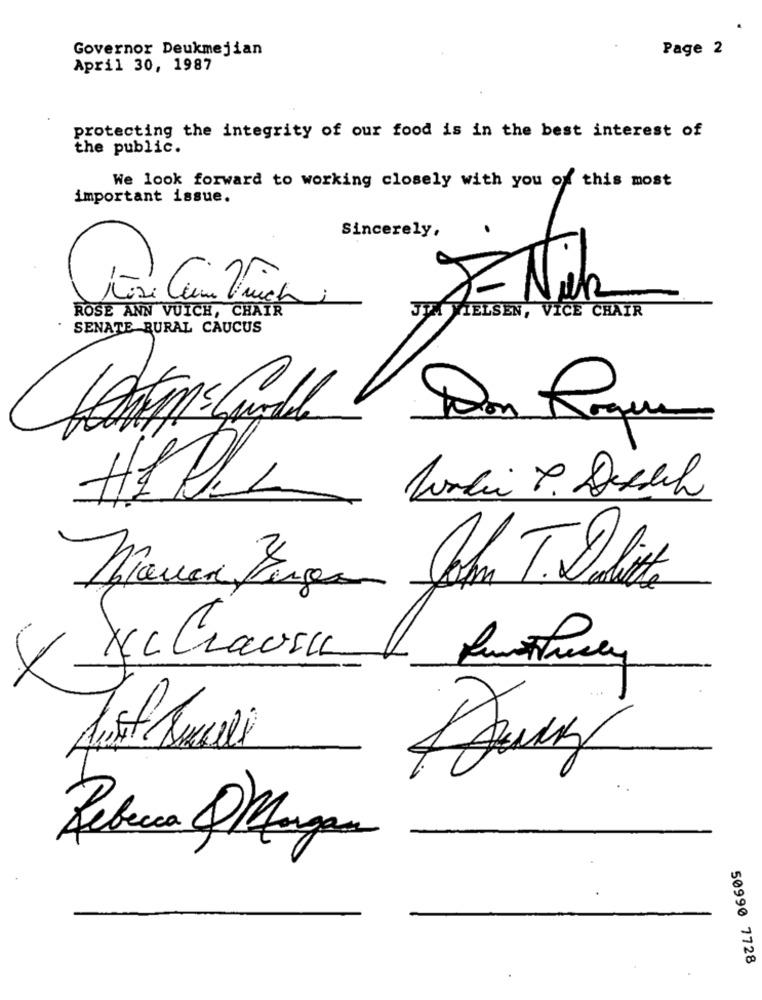
Governor Deukmejian
Page 2
April 30, 1987
protecting the integrity of our food is in the best interest of
the public.
We look forward to working closely with you of this most
important issue.
Sincerely,
8- Nik
ROSE ANN VUICH, CHAIR
JTM VIELSEN, VICE CHAIR
SENATE RURAL CAUCUS
Don Roque
Niewer Fungan John T. Lolit
Y Xc Clausu
Rebecca QMargen
50990 7728